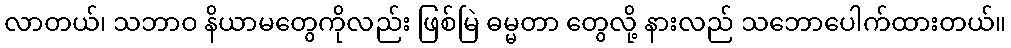
လာတယ်၊ သဘာဝ နိယာမတွေကိုလည်း ဖြစ်မြဲ ဓမ္မတာ တွေလို့ နားလည် သဘောပေါက်ထားတယ်။